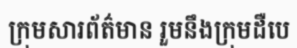
ក្រុមសារព័ត៌មាន រួមនឹងក្រុមដឺបេ